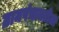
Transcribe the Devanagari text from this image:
ग्रामपंचायतीला